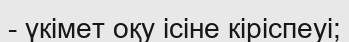
- үкімет оқу ісіне кіріспеуі;